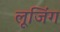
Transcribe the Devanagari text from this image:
लूजिंग